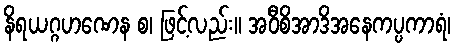
နိရယဂ္ဂဟဏေန စ၊ ဖြင့်လည်း။ အဝီစိအာဒိအနေကပ္ပကာရံ၊